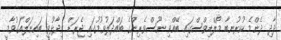
ދާދި ދެންމެ ކުރުނބާ މޯލްޑިވްސްގައި ބޭއްވި ނޫސްވެރިންގެ ބައްދަލުވުމުގައި ޖެރަޑް ވިދާޅުވީ ބައިނަލްއަގުވާމީ